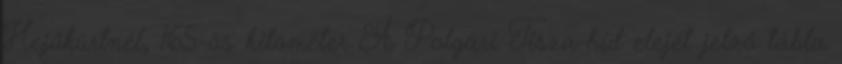
Hejőkürtnél, 165-ös kilométer A Polgári Tisza-híd elejét jelző tábla